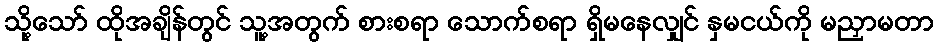
သို့သော် ထိုအချိန်တွင် သူ့အတွက် စားစရာ သောက်စရာ ရှိမနေလျှင် နှမငယ်ကို မညှာမတာ